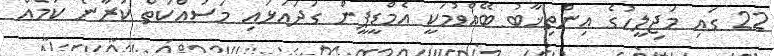
22 ގައި މަޖިލީހުގެ އިންތިޚާބު ބޭއްވުމަކީ އެމްޑީޕީން ގަދައަޅައި މަސައްކަތް ކުރާނެ ކަމެއް